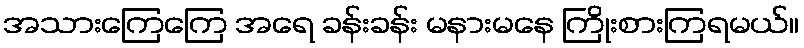
အသားကြေကြေ အရေ ခန်းခန်း မနားမနေ ကြိုးစားကြရမယ်။